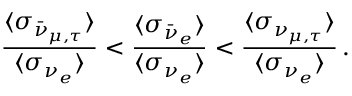
\frac { \langle \sigma _ { \bar { \nu } _ { \mu , \tau } } \rangle } { \langle \sigma _ { \nu _ { e } } \rangle } < \frac { \langle \sigma _ { \bar { \nu } _ { e } } \rangle } { \langle \sigma _ { \nu _ { e } } \rangle } < \frac { \langle \sigma _ { \nu _ { \mu , \tau } } \rangle } { \langle \sigma _ { \nu _ { e } } \rangle } \, .